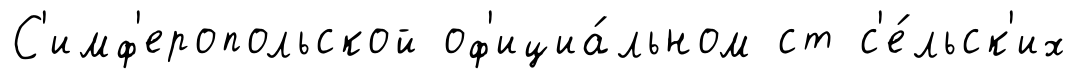
С'имф'еропольской оф'ициа́льном ст с'е́льск'их